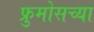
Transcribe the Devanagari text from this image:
फ्रुमोसच्या